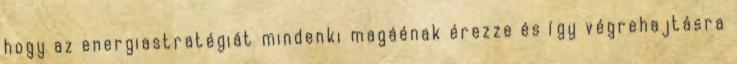
hogy az energiastratégiát mindenki magáénak érezze és így végrehajtásra